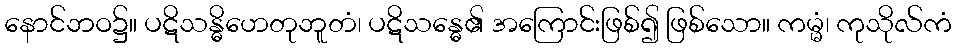
နောင်ဘဝ၌။ ပဋိသန္ဓိဟေတုဘူတံ၊ ပဋိသန္ဓေ၏ အကြောင်းဖြစ်၍ ဖြစ်သော။ ကမ္မံ၊ ကုသိုလ်ကံ